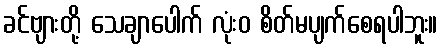
ခင်ဗျားတို့ သေချာပေါက် လုံးဝ စိတ်မပျက်စေရပါဘူး။